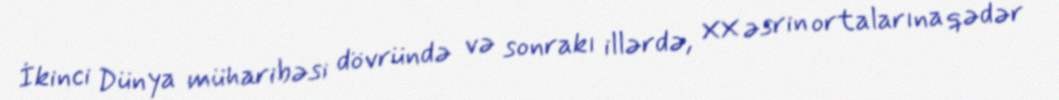
İkinci Dünya müharibəsi dövründə və sonrakı illərdə, XX əsrin ortalarına qədər